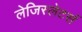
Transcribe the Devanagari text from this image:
लेजिस्लेटर्स